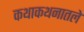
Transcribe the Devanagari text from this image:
कथाकथनातले